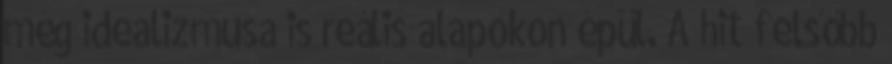
még idealizmusa is reális alapokon épül. A hit felsőbb